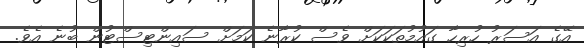
އޭގެ އަސަރު ހުރިހާ ގައުމުތަކަކަށް ވެސް ކުރާނެ ކަމަށް ސައިންޓިސްޓުން ބުނެ އެވެ.